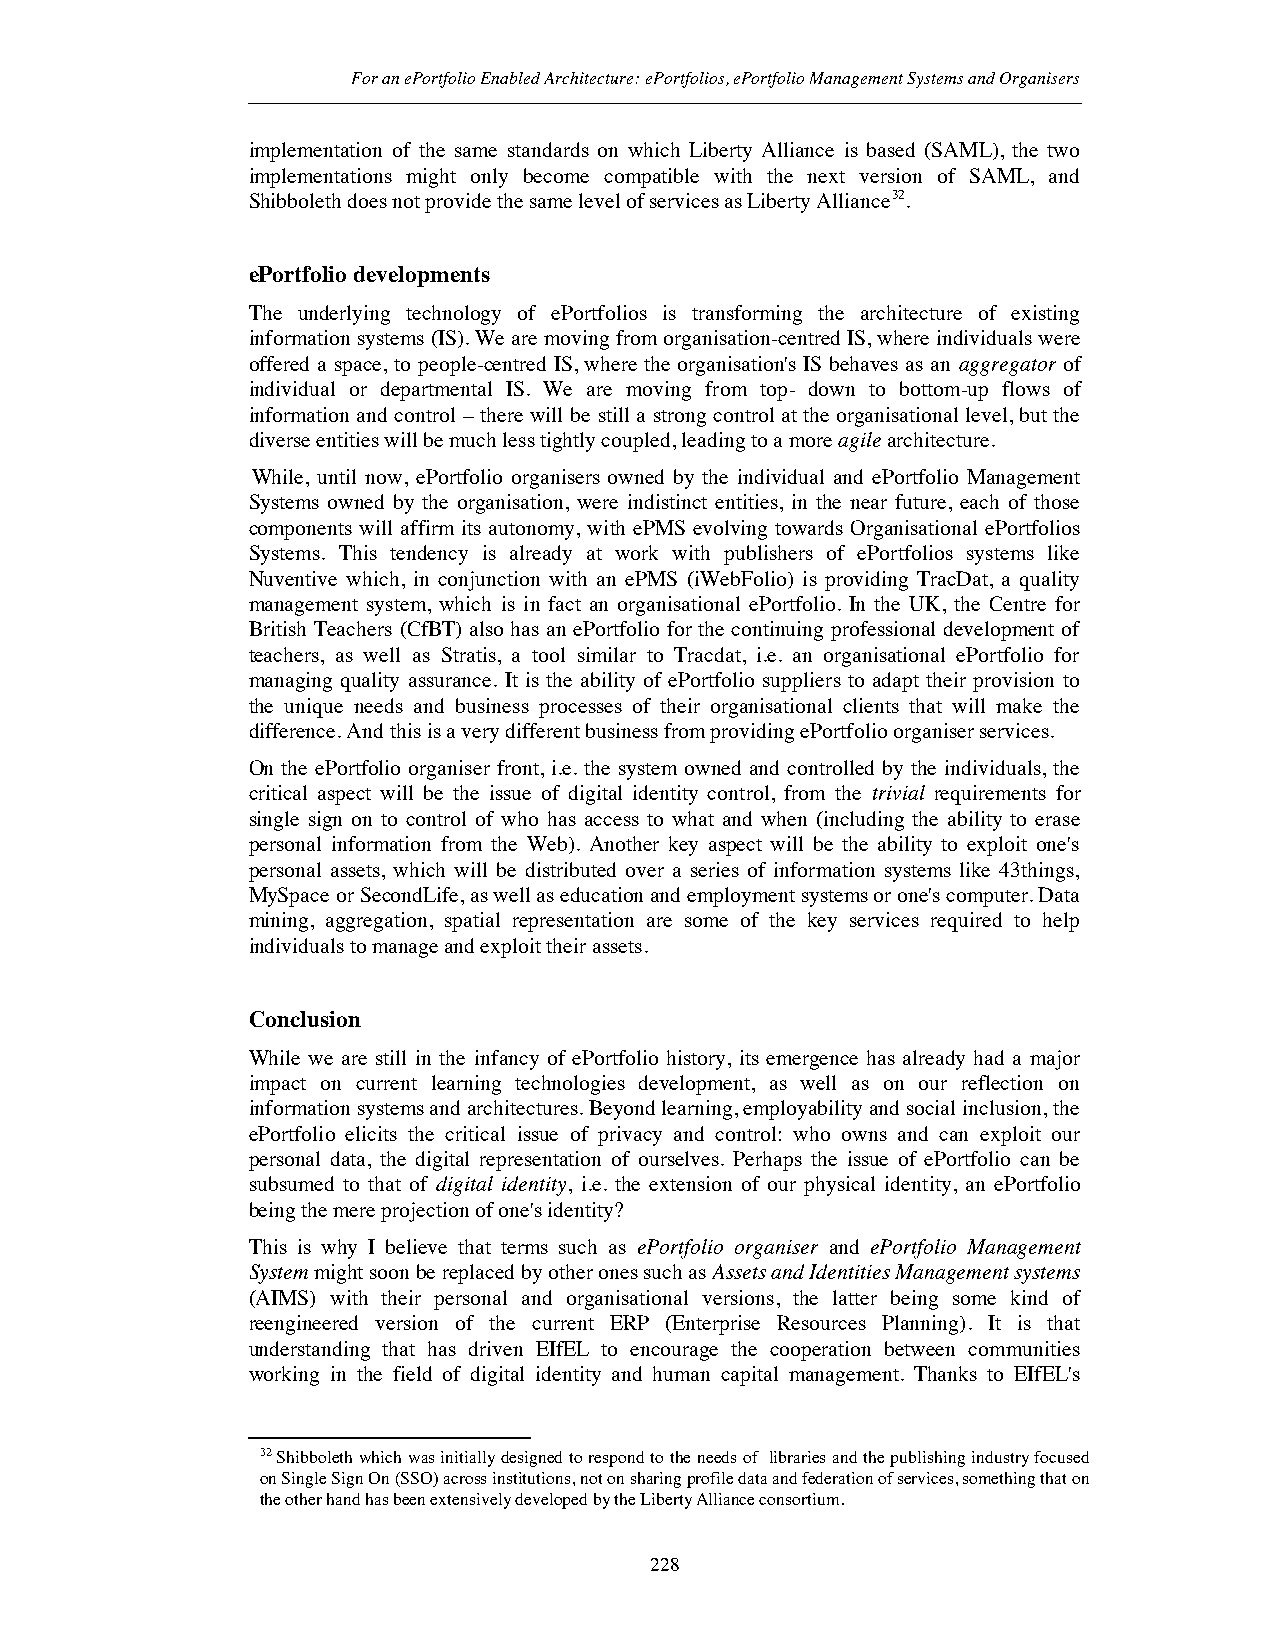
For an ePortfolio Enabled Architecture: ePortfolios, ePortfolio Management Systems and Organisers
 implementation of the same standards on which Liberty Alliance is based (SAML), the two
 implementations might only become compatible with the next version of SAML, and
 Shibboleth does not provide the same level of services as Liberty Alliance32.
 ePortfolio developments
 The underlying technology of ePortfolios is transforming the architecture of existing
 information systems (IS). We are moving from organisation-centred IS, where individuals were
 offered a space, to people-centred IS, where the organisation's IS behaves as an aggregator of
 individual or departmental IS. We are moving from top- down to bottom-up flows of
 information and control – there will be still a strong control at the organisational level, but the
 diverse entities will be much less tightly coupled, leadingto a moreagilearchitecture.
 While, until now, ePortfolio organisers owned by the individual and ePortfolio Management
 Systems owned by the organisation, were indistinct entities, in the near future, each of those
 components will affirm its autonomy, with ePMS evolving towards Organisational ePortfolios
 Systems. This tendency is already at work with publishers of ePortfolios systems like
 Nuventive which, in conjunction with an ePMS (iWebFolio) is providing TracDat, a quality
 management system, which is in fact an organisational ePortfolio. In the UK, the Centre for
 British Teachers (CfBT) also has an ePortfolio for the continuing professional development of
 teachers, as well as Stratis, a tool similar to Tracdat, i.e. an organisational ePortfolio for
 managing quality assurance. It is the ability of ePortfolio suppliers to adapt their provision to
 the unique needs and business processes of their organisational clients that will make the
 difference. And this is a very different business from providing ePortfolio organiser services.
 On the ePortfolio organiser front, i.e. the system owned and controlled by the individuals, the
 critical aspect will be the issue of digital identity control, from the trivial requirements for
 single sign on to control of who has access to what and when (including the ability to erase
 personal information from the Web). Another key aspect will be the ability to exploit one's
 personal assets, which will be distributed over a series of information systems like 43things,
 MySpace or SecondLife, as well as education and employment systems or one's computer. Data
 mining, aggregation, spatial representation are some of the key services required to help
 individuals to manage and exploit their assets.
 Conclusion
 While we are still in the infancy of ePortfolio history, its emergence has already had a major
 impact on current learning technologies development, as well as on our reflection on
 information systems and architectures. Beyond learning, employability and social inclusion, the
 ePortfolio elicits the critical issue of privacy and control: who owns and can exploit our
 personal data, the digital representation of ourselves. Perhaps the issue of ePortfolio can be
 subsumed to that of digital identity, i.e. the extension of our physical identity, an ePortfolio
 being the mere projection of one's identity?
 This is why I believe that terms such as ePortfolio organiser and ePortfolio Management
 Systemmight soon be replaced by other ones such asAssets and Identities Management systems
 (AIMS) with their personal and organisational versions, the latter being some kind of
 reengineered version of the current ERP (Enterprise Resources Planning). It is that
 understanding that has driven EIfEL to encourage the cooperation between communities
 working in the field of digital identity and human capital management. Thanks to EIfEL's
 32 Shibboleth which was initially designed to respond to the needs of libraries and the publishing industry focused
 on Single Sign On (SSO) across institutions, not on sharing profile data and federation of services, something that on
 the other hand has been extensively developed by the Liberty Alliance consortium.
 228